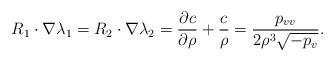
LaTeX: \begin{align*} R_1\cdot \nabla \lambda_1 = R_2\cdot \nabla \lambda_2 = \frac{\partial c}{\partial \rho} + \frac{c}{\rho} = \frac{p_{vv}}{2\rho^3\sqrt{-p_v}}.\end{align*}